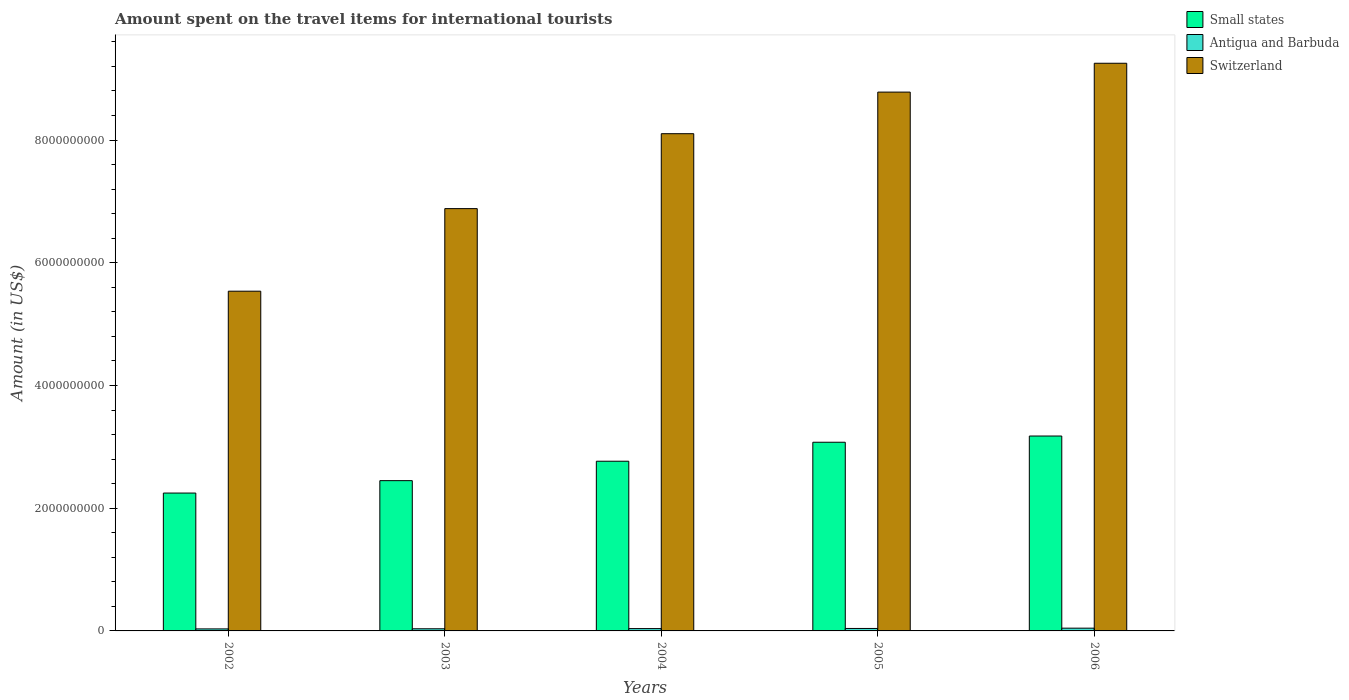
| Years | Small states | Antigua and Barbuda | Switzerland |
 | --- | --- | --- | --- |
 | 2002 | 2.25e+09 | 3.3e+07 | 5.54e+09 |
 | 2003 | 2.45e+09 | 3.5e+07 | 6.88e+09 |
 | 2004 | 2.77e+09 | 3.8e+07 | 8.1e+09 |
 | 2005 | 3.08e+09 | 4e+07 | 8.78e+09 |
 | 2006 | 3.18e+09 | 4.5e+07 | 9.25e+09 |